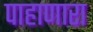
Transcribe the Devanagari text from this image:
पाहाणारा